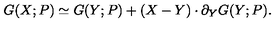
G ( X ; P ) \simeq G ( Y ; P ) + ( X - Y ) \cdot \partial _ { Y } G ( Y ; P ) .